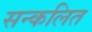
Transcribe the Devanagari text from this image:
सन्कलित